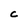
Character: c